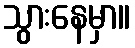
သွားနေမှာ။